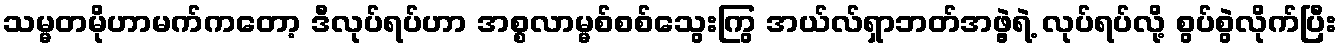
သမ္မတမိုဟာမက်ကတော့ ဒီလုပ်ရပ်ဟာ အစ္စလာမ္မစ်စစ်သွေးကြွ အယ်လ်ရှာဘတ်အဖွဲ့ရဲ့ လုပ်ရပ်လို့ စွပ်စွဲလိုက်ပြီး